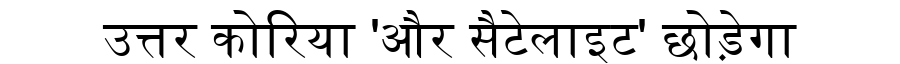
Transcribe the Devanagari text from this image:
उत्तर कोरिया 'और सैटेलाइट' छोड़ेगा